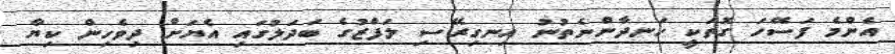
އެންމެ ފަސޭހަ ގޮތަކީ ހަނދާންނެތުނު އިނގިރޭސި ލަފްޒުގެ ބަދަލުގައި އެޔަށް ދިވެހިން ކިޔާ